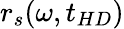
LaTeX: r_{s}(\omega,t_{HD})